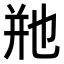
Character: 𬼩